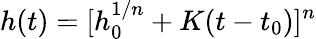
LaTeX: h(t)=[h_{0}^{1/n}+K(t-t_{0})]^{n}